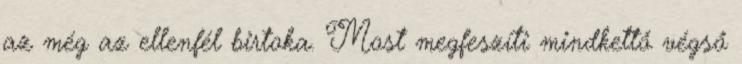
az még az ellenfél birtoka. Most megfeszíti mindkettő végső